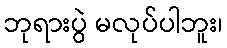
ဘုရားပွဲ မလုပ်ပါဘူး၊